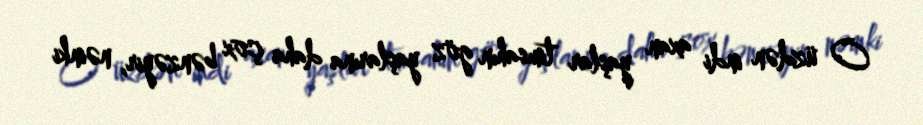
O üzdən indi axan yaşlar timsahın göz yaşlarına daha çox bənzəyir, nəinki